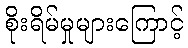
စိုးရိမ်မှုများကြောင့်